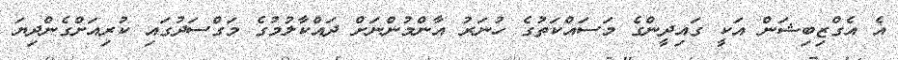
އެ އެގްޒިބިޝަން އަކީ ގައިދީންގެ މަސައްކަތުގެ ހުނަރު އާންމުންނަށް ދައްކާލުމުގެ މަގްސަދުގައި ކުރިއަށްގެންދިޔަ